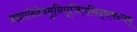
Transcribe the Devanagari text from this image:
ब्रह्मादिदेवमुनिपूजितसिद्धमन्त्रम्